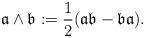
LaTeX: \begin{align*}\mathfrak{a}\wedge \mathfrak{b}:=\frac{1}{2}(\mathfrak{a}\mathfrak{b}-\mathfrak{b}\mathfrak{a}).\end{align*}